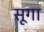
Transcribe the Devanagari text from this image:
सूगा